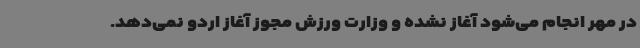
در مهر انجام می‌شود آغاز نشده و وزارت ورزش مجوز آغاز اردو نمی‌دهد.